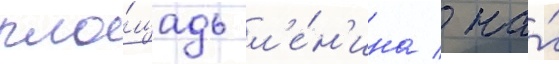
пло́щадь л'е́н'ина / на́